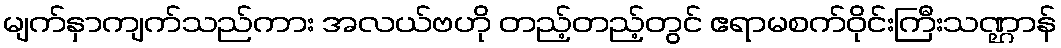
မျက်နှာကျက်သည်ကား အလယ်ဗဟို တည့်တည့်တွင် ဧရာမစက်ဝိုင်းကြီးသဏ္ဌာန်